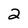
Character: 2